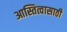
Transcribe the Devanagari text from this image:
आस्तित्वासाठी